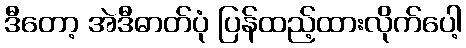
ဒီတော့ အဲဒီဓာတ်ပုံ ပြန်ထည့်ထားလိုက်ပေါ့